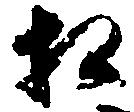
相